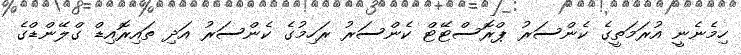
ހިމެނެނީ އުރަމަތީގެ ކެންސަރު ޕްރޮސްޓޭޓް ކެންސަރު ރަހިމުގެ ކެންސަރު އަދި ތައިރޮއިޑް ގްލޭންޑްގެ